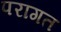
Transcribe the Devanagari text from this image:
परागत